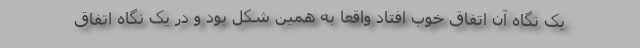
یک نگاه آن اتفاق خوب افتاد واقعاً به همین شکل بود و در یک نگاه اتفاق